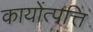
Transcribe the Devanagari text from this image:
कायोंत्पत्ति